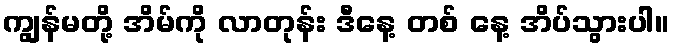
ကျွန်မတို့ အိမ်ကို လာတုန်း ဒီနေ့ တစ် နေ့ အိပ်သွားပါ။